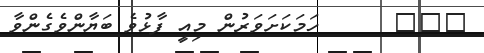
١٠٦      ހަމަކަށަވަރުން މިއީ ފާޅުވެ ބަޔާންވެގެންވާ